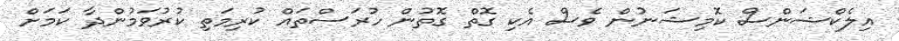
އިލެކްޝަންސް ކޮމިޝަނުން ވެސް އެކި ގޮތް ގޮތުން ހުރަސްތައް ކުރިމަތި ކުރުވަމުންދާ ކަމަށް